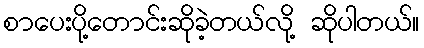
စာပေးပို့တောင်းဆိုခဲ့တယ်လို့ ဆိုပါတယ်။